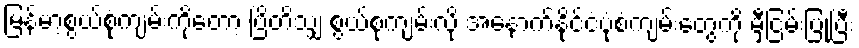
မြန်မာ့စွယ်စုံကျမ်းကိုတော့ ဗြိတိသျှ စွယ်စုံကျမ်းလို အနောက်နိုင်ငံပုံစံကျမ်းတွေကို မှီငြမ်းပြုပြီး